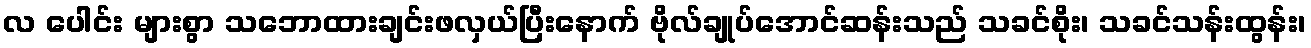
လ ပေါင်း များစွာ သဘောထားချင်းဖလှယ်ပြီးနောက် ဗိုလ်ချုပ်အောင်ဆန်းသည် သခင်စိုး၊ သခင်သန်းထွန်း၊